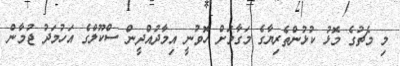
މި މެޗުގެ މޮޅު ކުޅުންތެރިޔާގެ މަގާމަށް ހޮވުނީ އިމާދުއްދީން ސްކޫލްގެ އަހުމަދު ޖުމާން